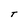
Character: T